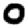
Digit: 0